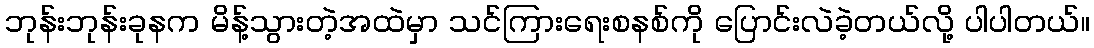
ဘုန်းဘုန်းခုနက မိန့်သွားတဲ့အထဲမှာ သင်ကြားရေးစနစ်ကို ပြောင်းလဲခဲ့တယ်လို့ ပါပါတယ်။